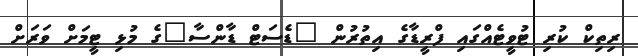
ރިތިކް ކުރި ޓުވީޓެއްގައި ފްރީޑާގެ އިތުރުން "ޑެސަޓް ޑާންސާ"ގެ މުޅި ޓީމަށް ވަރަށް